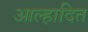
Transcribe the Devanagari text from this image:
आल्हादित